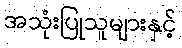
အသုံးပြုသူများနှင့်